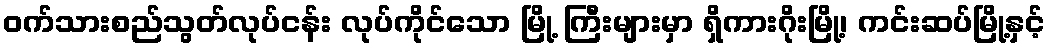
ဝက်သားစည်သွတ်လုပ်ငန်း လုပ်ကိုင်သော မြို့ ကြီးများမှာ ရှိကားဂိုးမြို့၊ ကင်းဆပ်မြို့နှင့်